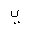
Letter: _ya